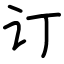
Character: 订